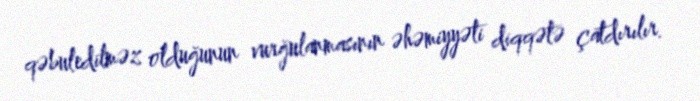
qəbuledilməz olduğunun vurğulanmasının əhəmiyyəti diqqətə çatdırılır.